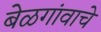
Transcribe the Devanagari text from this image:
बेळगांवाचे